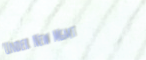
Under New Mgmt